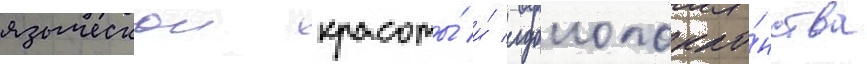
языческои красоты́ и́ идолопокло́нства